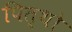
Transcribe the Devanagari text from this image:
पित्थो